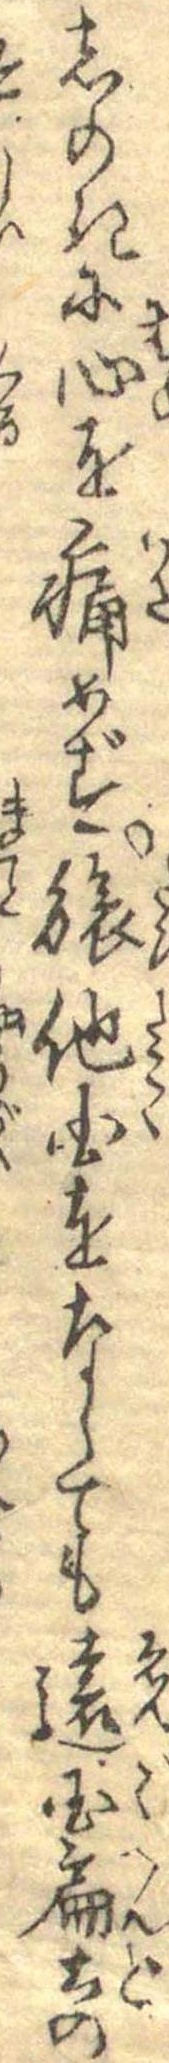
しのきに心を痛めず旅他国をなしても遠国扁土の